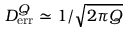
{ \cal D } _ { \mathrm { e r r } } ^ { Q } \simeq 1 / \sqrt { 2 \pi Q }